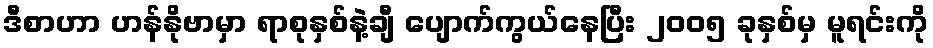
ဒီစာဟာ ဟန်နိုဗာမှာ ရာစုနှစ်နဲ့ချီ ပျောက်ကွယ်နေပြီး ၂၀၀၅ ခုနှစ်မှ မူရင်းကို